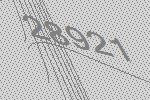
28921